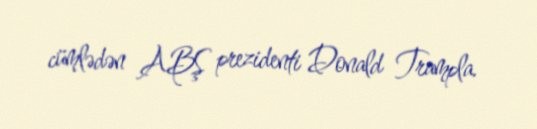
cümlədən ABŞ prezidenti Donald Trampla.